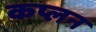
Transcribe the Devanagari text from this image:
कप्लन